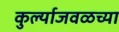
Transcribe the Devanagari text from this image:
कुर्ल्याजवळच्या